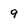
Character: 9